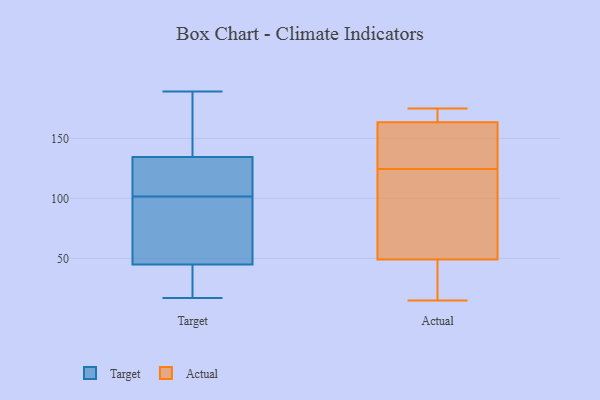
{"axis": {"x": "Shipments", "y": "Value"}, "legend": ["Actual", "Target"], "data": [{"x": "", "y": 26, "type": "Target"}, {"x": "", "y": 189, "type": "Target"}, {"x": "", "y": 95, "type": "Target"}, {"x": "", "y": 171, "type": "Target"}, {"x": "", "y": 102, "type": "Target"}, {"x": "", "y": 30, "type": "Target"}, {"x": "", "y": 24, "type": "Target"}, {"x": "", "y": 28, "type": "Target"}, {"x": "", "y": 159, "type": "Target"}, {"x": "", "y": 124, "type": "Target"}, {"x": "", "y": 96, "type": "Target"}, {"x": "", "y": 122, "type": "Target"}, {"x": "", "y": 60, "type": "Target"}, {"x": "", "y": 144, "type": "Target"}, {"x": "", "y": 101, "type": "Target"}, {"x": "", "y": 104, "type": "Target"}, {"x": "", "y": 132, "type": "Target"}, {"x": "", "y": 137, "type": "Target"}, {"x": "", "y": 17, "type": "Target"}, {"x": "", "y": 101, "type": "Target"}, {"x": "", "y": 159, "type": "Actual"}, {"x": "", "y": 135, "type": "Actual"}, {"x": "", "y": 171, "type": "Actual"}, {"x": "", "y": 168, "type": "Actual"}, {"x": "", "y": 26, "type": "Actual"}, {"x": "", "y": 137, "type": "Actual"}, {"x": "", "y": 69, "type": "Actual"}, {"x": "", "y": 15, "type": "Actual"}, {"x": "", "y": 175, "type": "Actual"}, {"x": "", "y": 40, "type": "Actual"}, {"x": "", "y": 58, "type": "Actual"}, {"x": "", "y": 114, "type": "Actual"}]}